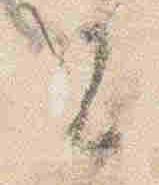
者